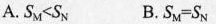
A. S_{M}<S_{N} B.S_{M}=S_{N}